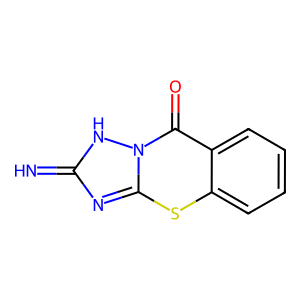
SMILES: N=c1nc2sc3ccccc3c(=O)n2[nH]1
Inhibits HIV replication: No